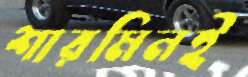
শারমিনই